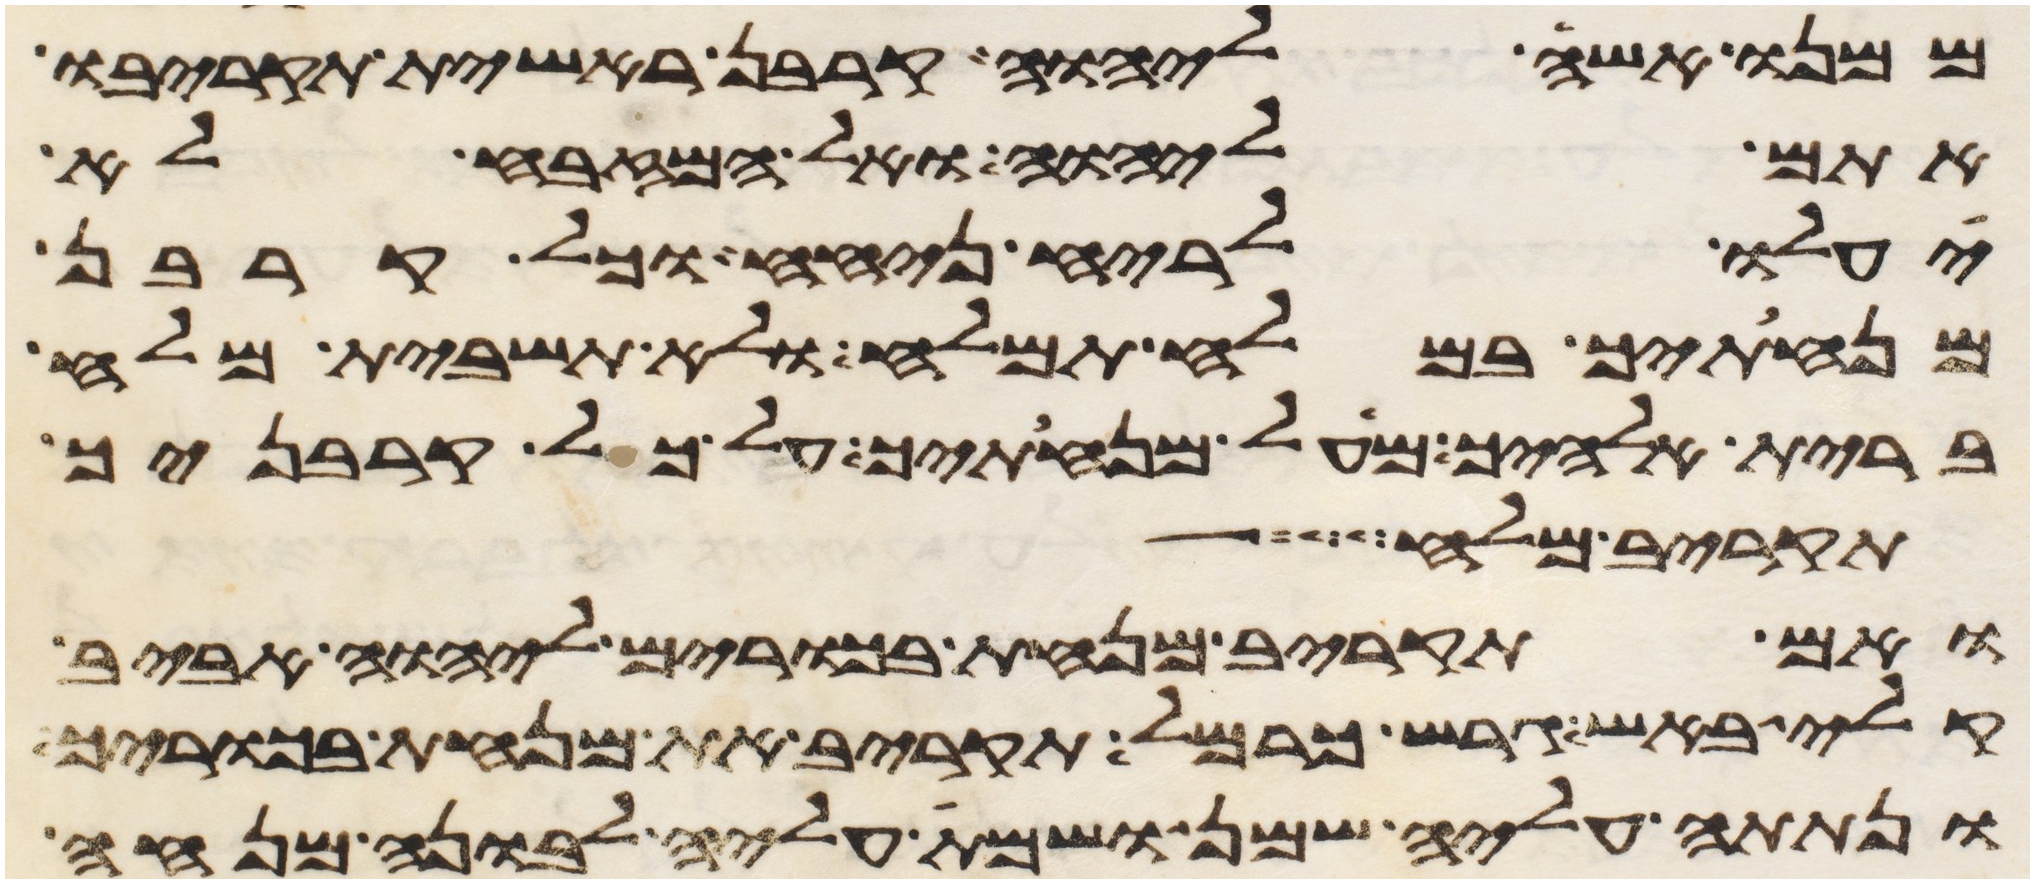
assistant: ממנו אשה ליהוה קרבן ראשית תקריבו
אתם ליהוה ואל המזבח לא
יעלו לריח ניחח וכל קרבן
מנחתך במלח תמלח ולא תשבית מלח
ברית אלהיך מעל מנחתך על כל קרבניך
תקריב מלח
ואם תקריב מנחת בכורים ליהוה אביב
קלי באש גרש כרמל תקריב את מנחת בכוריך
ונתתה עליה שמן ושמת עליה לבונה מנחה